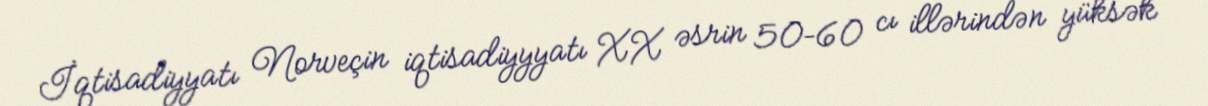
İqtisadiyyatı Norveçin iqtisadiyyyatı XX əsrin 50–60 cı illərindən yüksək